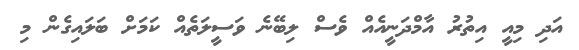
އަދި މިއީ އިތުރު އާމްދަނީއެއް ވެސް ލިބޭނެ ވަސީލަތެއް ކަމަށް ބަލައިގެން މި